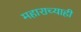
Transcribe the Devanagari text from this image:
महाराच्याही